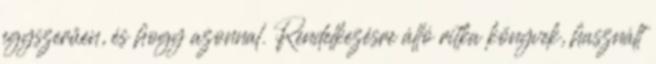
egyszerűen, és hogy azonnal. Rendelkezésre álló ritka könyvek, használt